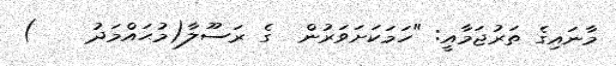
މާނައިގެ ތަރުޖަމާއީ: "ހަމަކަށަވަރުން  ގެ ރަސޫލާ(މުޙައްމަދު    )